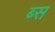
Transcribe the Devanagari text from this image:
ब्स